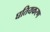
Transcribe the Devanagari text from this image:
घतियकरण